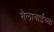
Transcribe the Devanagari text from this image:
शैलाबाईंच्या